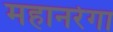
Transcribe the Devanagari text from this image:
महानरेगा